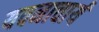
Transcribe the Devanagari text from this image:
यवनाचार्य